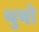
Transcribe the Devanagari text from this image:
थुबो